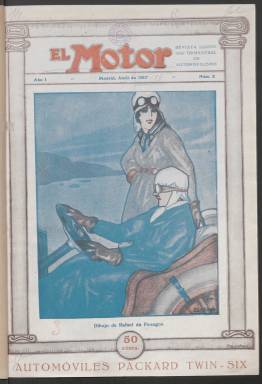
Título: El Motor (Madrid. 1917)
Colección: Automovilismo
Ámbito geográfico: Madrid
Lugar de publicación: Madrid
Fechas: 01/04/1917-31/07/1918